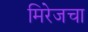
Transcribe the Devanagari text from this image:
मिरेजचा